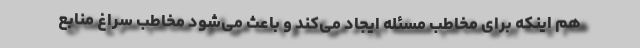
هم اینکه برای مخاطب مسئله ایجاد می‌کند و باعث می‌شود مخاطب سراغ منابع